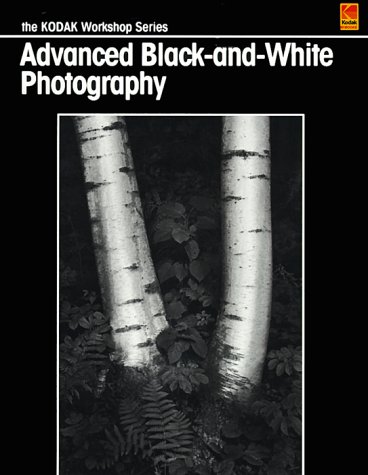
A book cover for Advanced Black-and-White Photography (Kodak Workshop Series); Kodak; Arts & Photography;